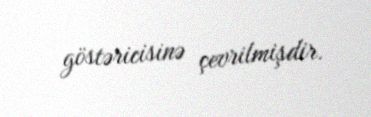
göstəricisinə çevrilmişdir.